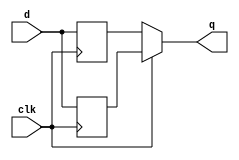
module top_module (
    input clk,
    input d,
    output q
);
    reg pedge, nedge;
    
    assign q = clk ? pedge : nedge;
    
    always @(posedge clk) begin
        pedge <= d;
    end
    
    always @(negedge clk) begin
        nedge <= d;
    end

endmodule